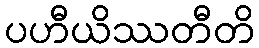
ပဟီယိဿတီတိ